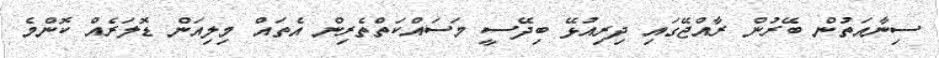
ސިނާއަތުން ބޭރުން ރާއްޖޭގައި ދިރިއުޅޭ ބިދޭސީ މަސައްކަތްތެރިން އެތައް މިލިއަން ޑޮލަރެއް ކޮންމެ